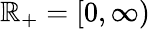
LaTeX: \mathbb{R}_{+}=[0,\infty)